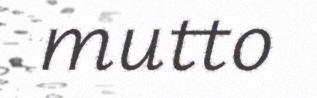
mutto